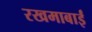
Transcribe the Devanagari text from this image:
रखमाबाईं